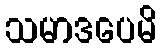
သမာဒပေမိ